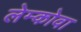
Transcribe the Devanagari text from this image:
लेम्कोवा